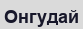
Онгудай